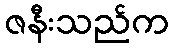
ဇနီးသည်က